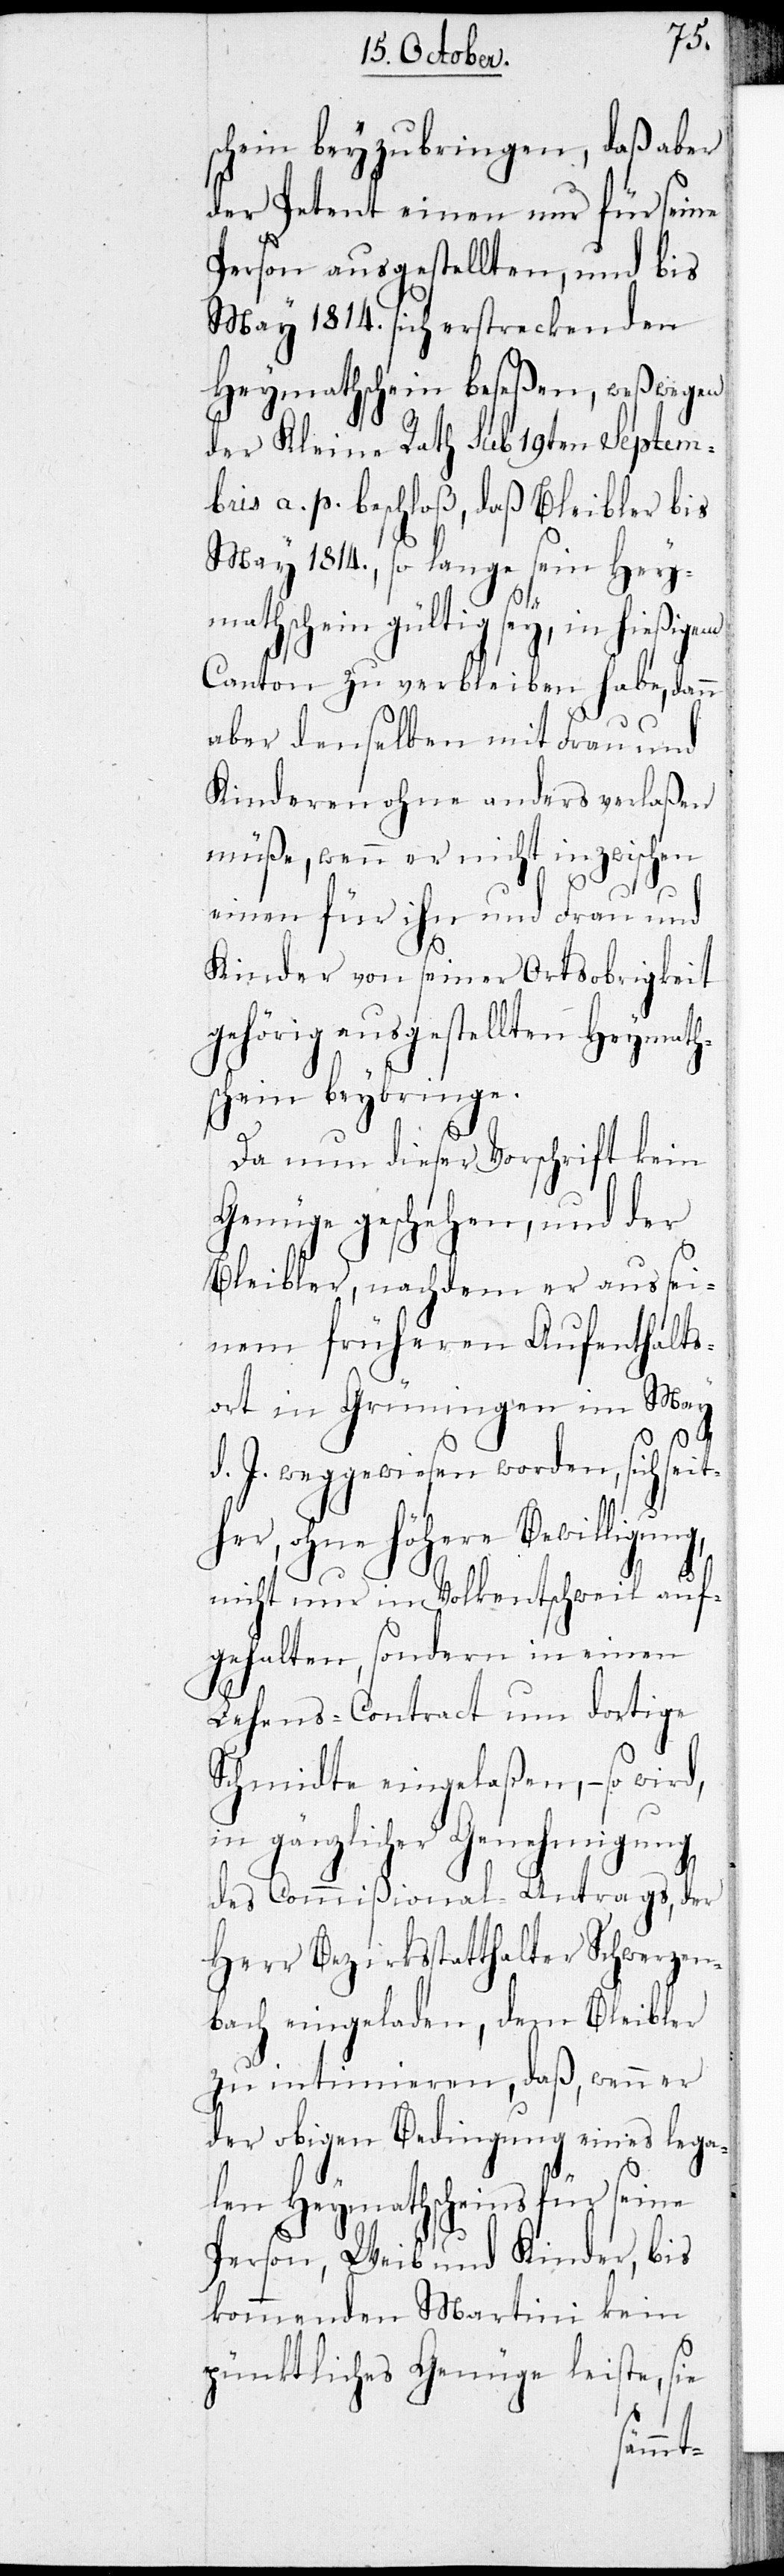
schein beyzubringen, daß aber
der Petent einen nur für seine
Person ausgestellten, und bis
May 1814. sich erstreckenden
Heymathschein beseßen, weßwegen
der Kleine Rath sub 19ten Septem¬
bris a. p. beschloß, daß Bleibler bis
May 1814., so lange sein Hey¬
mathschein gültig sey, in hießigem
Canton zu verbleiben habe, dann
aber denselben mit Frau und
Kinderen ohne anders verlaßen
müße, wenn er nicht inzwischen
einen für ihn und Frau und
Kinder von seiner Ortsobrigkeit
gehörig ausgestellten Heymath¬
schein beybringe.
Da nun dieser Vorschrift kein
Genüge geschehen, und der
Bleibler, nachdem er aus sei¬
nem früheren Aufenthalts¬
ort in Grüningen im May
d. J. weggewiesen worden, sich sei¬
her, ohne höhere Bewilligung,
nicht nur in Volkentschweil auf¬
gehalten, sondern in einen
Lehens-Contract um dortige
Schmidte eingelaßen, – so wird,
in gänzlicher Genehmigung
des Commißional-Antrags, der
Herr Bezirksstatthalter Schwerzen¬
bach eingeladen, dem Bleibler
zu intimieren, daß, wenn er
der obigen Bedingung eines lega¬
len Heymathscheins für seine
Person, Weib und Kinder, bis
kommenden Martini kein
pünktliches Genüge leiste, sie
t¬